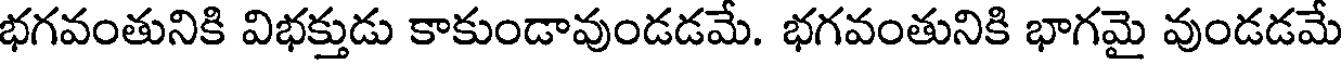
భగవంతునికి విభక్తుడు కాకుండావుండడమే. భగవంతునికి భాగమై వుండడమే